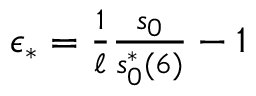
\begin{array} { r } { \epsilon _ { * } = \frac { 1 } { \ell } \frac { s _ { 0 } } { s _ { 0 } ^ { * } ( 6 ) } - 1 } \end{array}